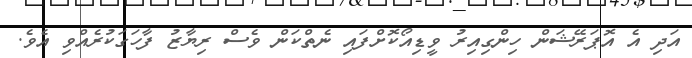
އަދި އެ އޮޕަރޭޝަން ހިންގިއިރު ވީޑިއޯކޮށްފައި ނެތްކަން ވެސް ރިޔާޒު ފާހަގަކުރެއްވި އެވެ.